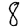
Digit: 8